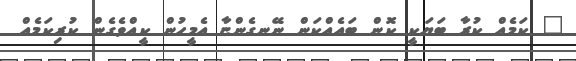
" ކަމެއް ކުރާ ބަޔަކީ ކޮން ބައެއްކަން ނޭނގެންޏާ އެމީހުން ކީއްވެގެން ކުރިކަމެއް